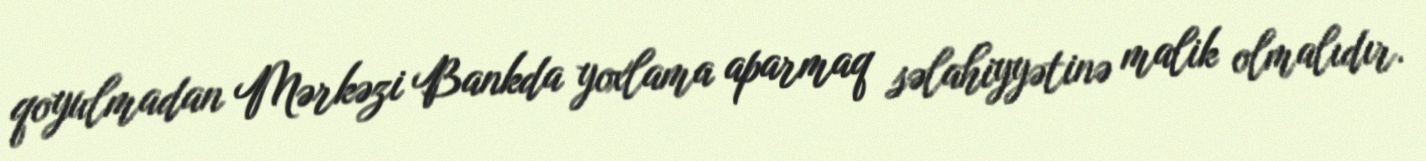
qoyulmadan Mərkəzi Bankda yoxlama aparmaq səlahiyyətinə malik olmalıdır.